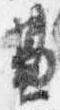
兼